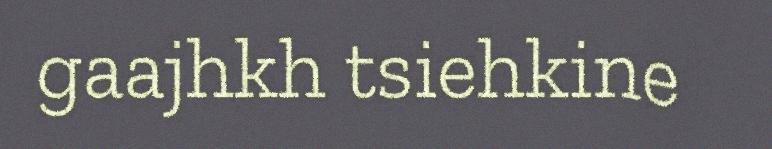
gaajhkh tsiehkine